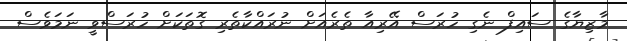
މާޒިޔާގެ ސައިފް ނެގި ހުރަސް އޭރިއާ ތެރެއަށް ނުރައްކާތެރި ގޮތަކަށް ހުރަސްވީ ނަމަވެސް